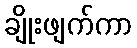
ချိုးဖျက်ကာ